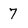
Character: 7